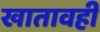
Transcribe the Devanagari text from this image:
खातावही